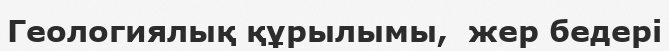
Геологиялық құрылымы,  жер бедері